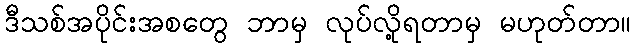
ဒီသစ်အပိုင်းအစတွေ ဘာမှ လုပ်လို့ရတာမှ မဟုတ်တာ။